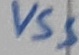
Text: VSS